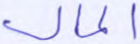
المال